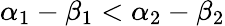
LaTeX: \alpha_{1}-\beta_{1}<\alpha_{2}-\beta_{2}